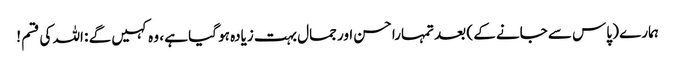
ہمارے ( پاس سے جانے کے ) بعد تمہارا حسن اور جمال بہت زیادہ ہو گیا ہے ، وہ کہیں گے : اللہ کی قسم !